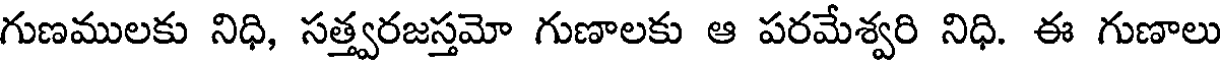
గుణములకు నిధి, సత్త్వరజస్తమో గుణాలకు ఆ పరమేశ్వరి నిధి. ఈ గుణాలు